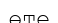
өте